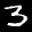
Label: 3